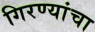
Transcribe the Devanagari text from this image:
गिरण्यांचा